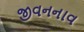
જીવનનાવ